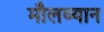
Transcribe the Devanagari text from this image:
मौलव्यान